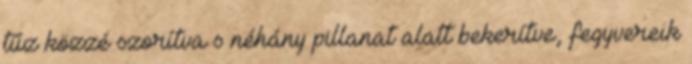
tűz közzé szorítva s néhány pillanat alatt bekerítve, fegyvereik